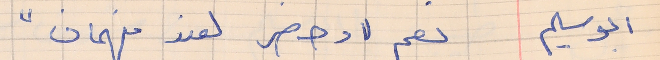
ابو سليم     نعم "وحضر لعند فهمان"